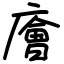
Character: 廥